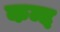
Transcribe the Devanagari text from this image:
कम्द